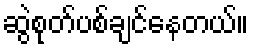
ဆွဲစုတ်ပစ်ချင်နေတယ်။